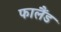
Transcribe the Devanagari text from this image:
फालैंड